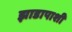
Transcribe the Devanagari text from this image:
झाडापाशी